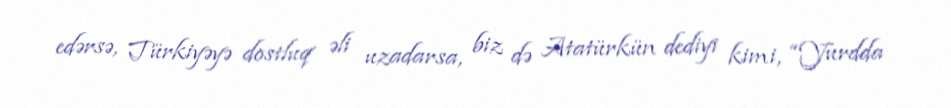
edərsə, Türkiyəyə dostluq əli uzadarsa, biz də Atatürkün dediyi kimi, “Yurdda